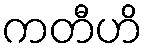
ကတီဟိ